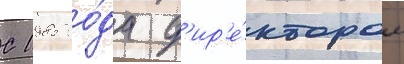
С 1985 го́да д'ир'е́ктором